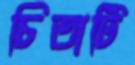
চিতাটি